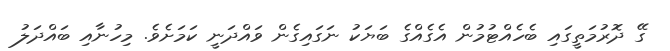
ގޭ ދޮރުމަތީގައި ބެހެއްޓުމުން އެގެއްގެ ބަޔަކު ނަގައިގެން ވައްދަނީ ކަމަށެވެ. މިހުނާއި ބައްދަލު